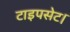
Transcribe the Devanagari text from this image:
टाइपसेट।